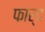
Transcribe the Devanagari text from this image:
फार्द